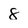
Character: 8